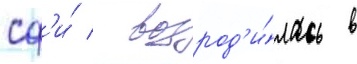
сф'и́ / возрод'и́лась в